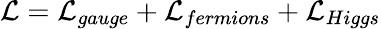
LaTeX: {\cal L}={\cal L}_{gauge}+{\cal L}_{fermions}+{\cal L}_{Higgs}